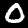
Digit: 0